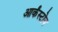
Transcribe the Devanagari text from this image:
आर्कंस्टोन